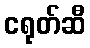
ငရုတ်ဆီ